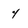
Character: 4